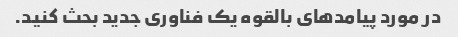
در مورد پیامدهای بالقوه یک فناوری جدید بحث کنید.